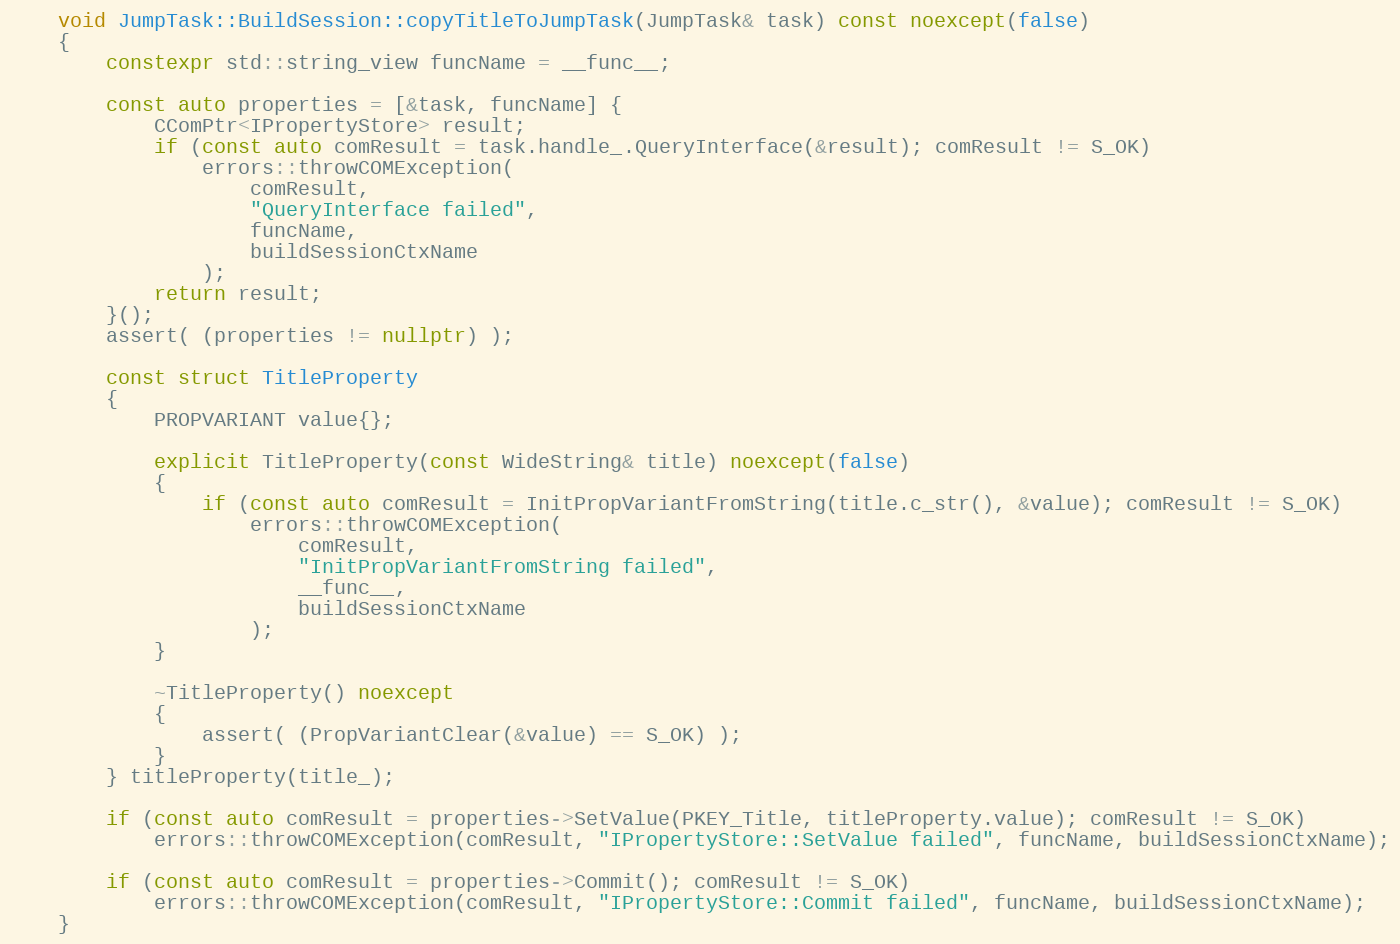
Language: C++
    void JumpTask::BuildSession::copyTitleToJumpTask(JumpTask& task) const noexcept(false)
    {
        constexpr std::string_view funcName = __func__;

        const auto properties = [&task, funcName] {
            CComPtr<IPropertyStore> result;
            if (const auto comResult = task.handle_.QueryInterface(&result); comResult != S_OK)
                errors::throwCOMException(
                    comResult,
                    "QueryInterface failed",
                    funcName,
                    buildSessionCtxName
                );
            return result;
        }();
        assert( (properties != nullptr) );

        const struct TitleProperty
        {
            PROPVARIANT value{};

            explicit TitleProperty(const WideString& title) noexcept(false)
            {
                if (const auto comResult = InitPropVariantFromString(title.c_str(), &value); comResult != S_OK)
                    errors::throwCOMException(
                        comResult,
                        "InitPropVariantFromString failed",
                        __func__,
                        buildSessionCtxName
                    );
            }

            ~TitleProperty() noexcept
            {
                assert( (PropVariantClear(&value) == S_OK) );
            }
        } titleProperty(title_);

        if (const auto comResult = properties->SetValue(PKEY_Title, titleProperty.value); comResult != S_OK)
            errors::throwCOMException(comResult, "IPropertyStore::SetValue failed", funcName, buildSessionCtxName);

        if (const auto comResult = properties->Commit(); comResult != S_OK)
            errors::throwCOMException(comResult, "IPropertyStore::Commit failed", funcName, buildSessionCtxName);
    }